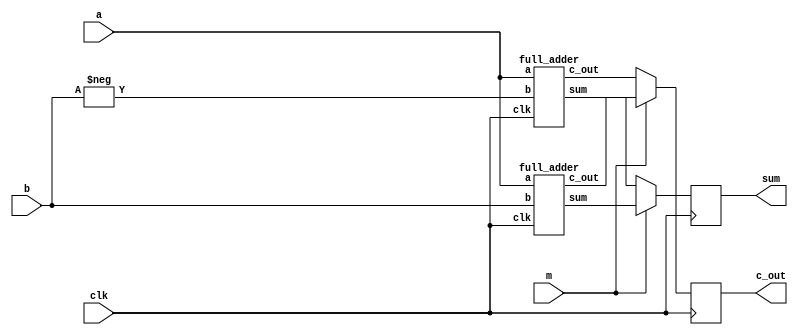
module addsub(a,b,m,clk,sum,c_out);
	input [3:0] a,b;
	input m,clk;
	output reg [3:0] sum;
	output reg c_out;
	
	wire [3:0] sum1,sum2;
	wire c_out1,c_out2,c;
	

	full_adder tt1(a,b,clk,sum1,c_out1);
	
	full_adder tt3(a,-b,clk,sum2,c_out2);


	always @(negedge(clk))
	begin
		if(m)
		begin
			sum<=sum1;
			c_out<=c_out1;
		end
		else
		begin 
			sum<=sum2;
			c_out<=c_out2;	
		end
	end
endmodule



module full_adder(a,b,clk,sum,c_out);
	input [3:0] a;
	input [3:0] b;
	input clk;
	output [3:0] sum;
	output c_out;
	wire p,q,r,s,g,h,j,k;

	

	half_adder t1(a[0],b[0],1'b0,clk,sum[0],q);
	half_adder t2(a[1],b[1],q,clk,sum[1],r);
	half_adder t3(a[2],b[2],r,clk,sum[2],s);
	half_adder t4(a[3],b[3],s,clk,sum[3],c_out);
	

endmodule

module half_adder(a,b,c_in,clk,sum,c_out);
	input a,b,c_in;
	input clk;
	output reg sum,c_out;

	always @(negedge(clk))
	begin
		sum = (a^b)^c_in;
		c_out=(a&b)|(b&c_in)|(a&c_in);

	end
endmodule

module stimulus();
	reg [3:0] a,b;
	reg clk,m;
	wire c_out;
	wire [3:0] sum;
	reg buff;
	initial 
	begin
		$dumpfile("addsub.vcd");
		$dumpvars;
	end

	addsub tester(a,b,m,clk,sum,c_out);

	initial 
	begin
		clk=1'b0;
	end
	always
	begin
		#5 clk=~clk;
	end

	initial
	begin
		a=4'b0000;
		b=4'b0001;m=0;


		

		#5 a=4'b0010;b=4'b0011;m=1;

		#20 a=4'b0100;b=4'b0111;m=0;

		#40 a=4'b0000;b=4'b1111;m=1;

		#60 a=4'b0001;b=4'b1110;m=0;
		$finish;
	end
	initial
	begin
		buff<=~sum;
		$monitor(" ~%b=%b",sum,buff);
	end

endmodule